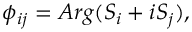
\phi _ { i j } = { A r g } ( S _ { i } + i S _ { j } ) ,